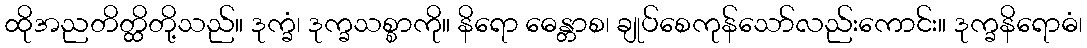
ထိုအညတိတ္ထိတို့သည်။ ဒုက္ခံ၊ ဒုက္ခသစ္စာကို။ နိရော ဓေန္တာစ၊ ချုပ်စေကုန်သော်လည်းကောင်း။ ဒုက္ခနိရောဓံ၊